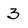
Character: 3